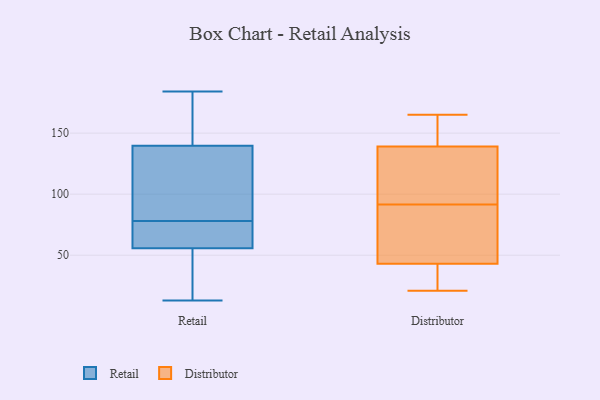
{"axis": {"x": "Bounce Rate (%)", "y": "Value"}, "legend": ["Distributor", "Retail"], "data": [{"x": "", "y": 72, "type": "Retail"}, {"x": "", "y": 181, "type": "Retail"}, {"x": "", "y": 82, "type": "Retail"}, {"x": "", "y": 64, "type": "Retail"}, {"x": "", "y": 52, "type": "Retail"}, {"x": "", "y": 13, "type": "Retail"}, {"x": "", "y": 130, "type": "Retail"}, {"x": "", "y": 169, "type": "Retail"}, {"x": "", "y": 13, "type": "Retail"}, {"x": "", "y": 184, "type": "Retail"}, {"x": "", "y": 57, "type": "Retail"}, {"x": "", "y": 86, "type": "Retail"}, {"x": "", "y": 78, "type": "Retail"}, {"x": "", "y": 43, "type": "Distributor"}, {"x": "", "y": 164, "type": "Distributor"}, {"x": "", "y": 31, "type": "Distributor"}, {"x": "", "y": 78, "type": "Distributor"}, {"x": "", "y": 139, "type": "Distributor"}, {"x": "", "y": 165, "type": "Distributor"}, {"x": "", "y": 106, "type": "Distributor"}, {"x": "", "y": 21, "type": "Distributor"}, {"x": "", "y": 104, "type": "Distributor"}, {"x": "", "y": 79, "type": "Distributor"}]}